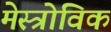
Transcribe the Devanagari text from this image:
मेस्त्रोविक